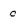
Character: 0